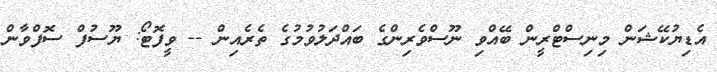
އެޑިޔުކޭޝަން މިނިސްޓްރީން ބޭއްވި ނޫސްވެރިންގެ ބައްދަލުވުމުގެ ތެރެއިން -- ވީފޮޓޯ: ޔޫސުފް ސޮފްވާން